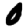
Digit: 0